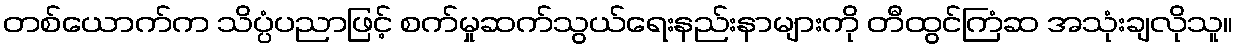
တစ်ယောက်က သိပ္ပံပညာဖြင့် စက်မှုဆက်သွယ်ရေးနည်းနာများကို တီထွင်ကြံဆ အသုံးချလိုသူ။